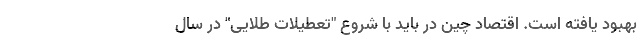
بهبود یافته است. اقتصاد چین در باید با شروع "تعطیلات طلایی" در سال